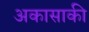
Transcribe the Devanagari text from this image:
अकासाकी